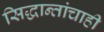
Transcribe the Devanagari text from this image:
सिद्धान्तांचाही